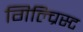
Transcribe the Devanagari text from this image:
गिल्च्रिस्ट